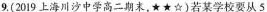
9.(2019上海川沙中学高二期末，★★☆)若某学校要从5